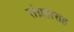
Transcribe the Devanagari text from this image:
संग्रहासह